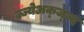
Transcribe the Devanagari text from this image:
ज्ज्येअक्ज्ज्द